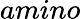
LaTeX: amino